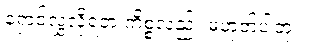
ရှောင်လွှဲလို့ရတဲ့ ကိစ္စလည်း မဟုတ်ပါဘူး။